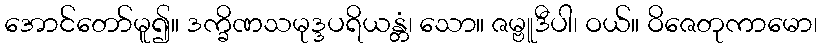
အောင်တော်မူ၍။ ဒက္ခိဏသမုဒ္ဒပရိယန္တံ၊ သော။ ဇမ္ဗူဒီပါ၊ ဝယ်။ ဝိဇေတုကာမော၊